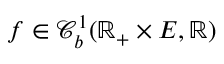
f \in \mathcal { C } _ { b } ^ { 1 } ( \mathbb { R } _ { + } \times E , \mathbb { R } )